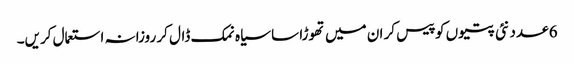
6 عدد نئی پتیوں کو پیس کر ان میں تھوڑا سا سیاہ نمک ڈال کر روزانہ استعمال کریں۔